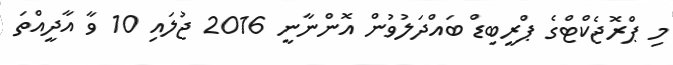
މި ޕްރޮޖެކްޓްގެ ޕްރީބިޑް ބައްދަލުވުން އޮންނާނީ 2016 ޖުލައި 10 ވާ އާދީއްތަ